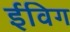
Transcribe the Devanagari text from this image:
ईविग